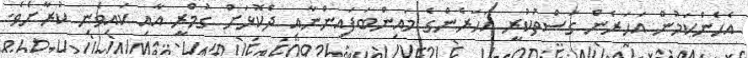
އެހެންކަމުން އަހަރެން ގަސްތުކުރީ އަހަރެންގެ މައިންބަފައިންނާއި ދެކޮޅަށް ގުމްރީ އާއި ކައިވެނި ކުރާށެވެ.